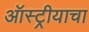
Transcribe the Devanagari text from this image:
ऑस्ट्रीयाचा